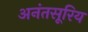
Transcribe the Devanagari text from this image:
अनंतसूरिय